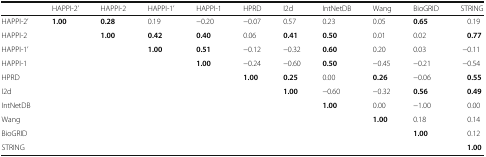
<table><thead><tr><td></td><td><b>HAPPI-2’</b></td><td><b>HAPPI-2</b></td><td><b>HAPPI-1’</b></td><td><b>HAPPI-1</b></td><td><b>HPRD</b></td><td><b>I2d</b></td><td><b>IntNetDB</b></td><td><b>Wang</b></td><td><b>BioGRID</b></td><td><b>STRING</b></td></tr></thead><tbody><tr><td>HAPPI-2’</td><td><b>1.00</b></td><td><b>0.28</b></td><td>0.19</td><td>−0.20</td><td>−0.07</td><td>0.57</td><td>0.23</td><td>0.05</td><td><b>0.65</b></td><td>0.19</td></tr><tr><td>HAPPI-2</td><td></td><td><b>1.00</b></td><td><b>0.42</b></td><td><b>0.40</b></td><td>0.06</td><td><b>0.41</b></td><td><b>0.50</b></td><td>0.01</td><td>0.02</td><td><b>0.77</b></td></tr><tr><td>HAPPI-1’</td><td></td><td></td><td><b>1.00</b></td><td><b>0.51</b></td><td>−0.12</td><td>−0.32</td><td><b>0.60</b></td><td>0.20</td><td>0.03</td><td>−0.11</td></tr><tr><td>HAPPI-1</td><td></td><td></td><td></td><td><b>1.00</b></td><td>−0.24</td><td>−0.60</td><td><b>0.50</b></td><td>−0.45</td><td>−0.21</td><td>−0.54</td></tr><tr><td>HPRD</td><td></td><td></td><td></td><td></td><td><b>1.00</b></td><td><b>0.25</b></td><td>0.00</td><td><b>0.26</b></td><td>−0.06</td><td><b>0.55</b></td></tr><tr><td>I2d</td><td></td><td></td><td></td><td></td><td></td><td><b>1.00</b></td><td>−0.60</td><td>−0.32</td><td><b>0.56</b></td><td><b>0.49</b></td></tr><tr><td>IntNetDB</td><td></td><td></td><td></td><td></td><td></td><td></td><td><b>1.00</b></td><td>0.00</td><td>−1.00</td><td>0.00</td></tr><tr><td>Wang</td><td></td><td></td><td></td><td></td><td></td><td></td><td></td><td><b>1.00</b></td><td>0.18</td><td>0.14</td></tr><tr><td>BioGRID</td><td></td><td></td><td></td><td></td><td></td><td></td><td></td><td></td><td><b>1.00</b></td><td>0.12</td></tr><tr><td>STRING</td><td></td><td></td><td></td><td></td><td></td><td></td><td></td><td></td><td></td><td><b>1.00</b></td></tr></tbody></table>